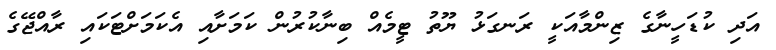
އަދި ކުޑަހީނާގެ ޒިންމާއަކީ ރަނގަޅު ޔޫތު ޓީމެއް ބިނާކުރުން ކަމަށާއި އެކަމަށްޓަކައި ރާއްޖޭގެ